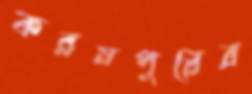
করমপুরের